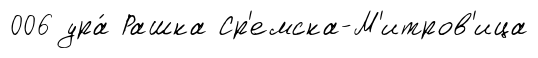
006 ура́ Рашка Ср'емска-М'итров'ица